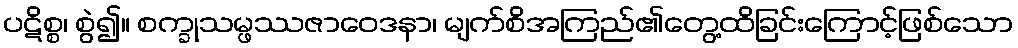
ပဋိစ္စ၊ စွဲ၍။ စက္ခုသမ္ဖဿဇာဝေဒနာ၊ မျက်စိအကြည်၏တွေ့ထိခြင်းကြောင့်ဖြစ်သော